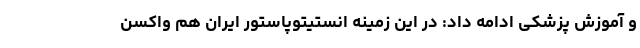
و آموزش پزشکی ادامه داد: در این زمینه انستیتوپاستور ایران هم واکسن